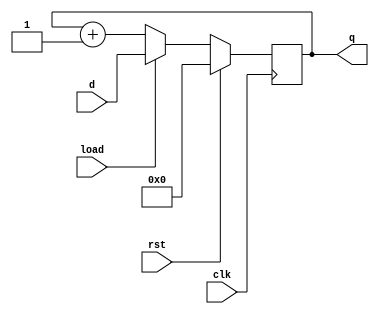
module cnt(clk, rst, d,q,load);
parameter  [3:0]THREE=3, ZERO=0, ONES=1;
input clk;
input rst; 
input load;
input [THREE:ZERO]d;
output reg [THREE:ZERO]q;
reg c;
always @(posedge clk)
begin : label1
if (rst)
begin : label2
q <=ZERO;
end
else 
if (load)
begin :label3
q <= d;
end
else 
begin : label4
{c,q} <= q+ONES;
end
end
endmodule